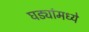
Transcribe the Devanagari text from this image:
घड्यांमध्ये